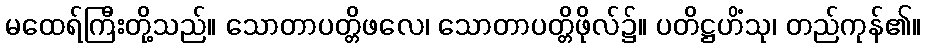
မထေရ်ကြီးတို့သည်။ သောတာပတ္တိဖလေ၊ သောတာပတ္တိဖိုလ်၌။ ပတိဋ္ဌဟိံသု၊ တည်ကုန်၏။